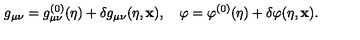
g _ { \mu \nu } = g _ { \mu \nu } ^ { ( 0 ) } ( \eta ) + \delta g _ { \mu \nu } ( \eta , { \bf x } ) , \quad \varphi = \varphi ^ { ( 0 ) } ( \eta ) + \delta \varphi ( \eta , { \bf x } ) .